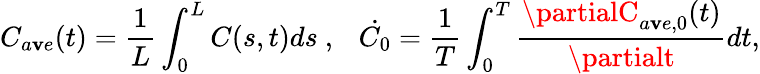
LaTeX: C_{a\mathbf{v}e}(t)=\frac{{1}}{{L}}\int_{0}^{L}C(s,t)ds~,~~~\dot{{C_{0}}}=\frac{{1}}{{T}}\int_{0}^{T}\frac{{\partialC_{a\mathbf{v}e,0}(t)}}{{\partialt}}dt,